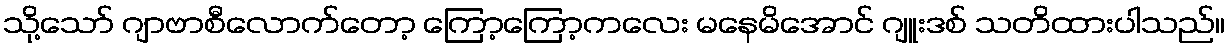
သို့သော် ဂျာဗာစီလောက်တော့ ကြော့ကြော့ကလေး မနေမိအောင် ဂျူးဒစ် သတိထားပါသည်။